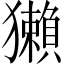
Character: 獺